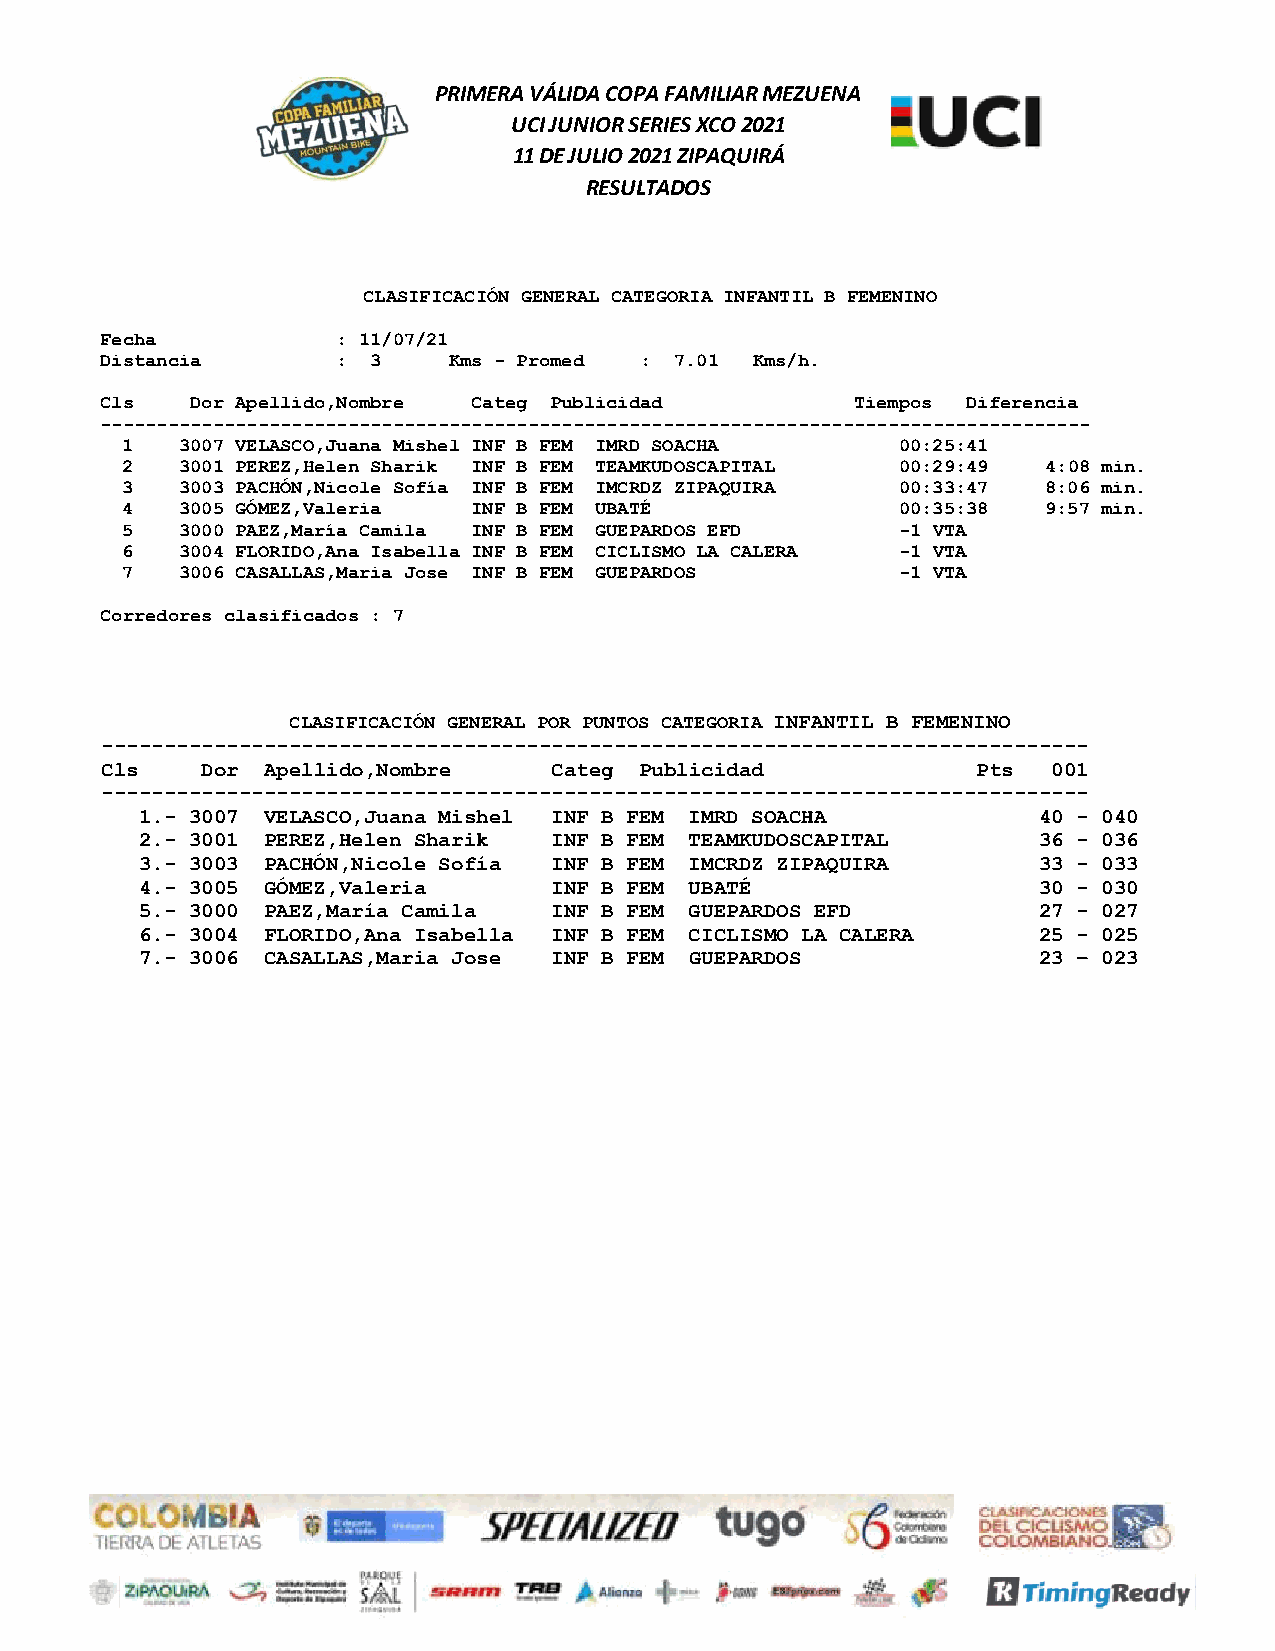
CLASIFICACIÓN GENERAL CATEGORIA INFANTIL B FEMENINO
 Fecha          : 11/07/21
 Distancia      : 3     Kms - Promed : 7.01 Kms/h.
 Cls   Dor Apellido,Nombre Categ Publicidad        Tiempos Diferencia
 ----------------------------------------------------------------------------------------
 1   3007 VELASCO,Juana Mishel INF B FEM IMRD SOACHA 00:25:41
 2   3001 PEREZ,Helen Sharik INF B FEM TEAMKUDOSCAPITAL 00:29:49 4:08 min.
 3   3003 PACHÓN,Nicole Sofía INF B FEM IMCRDZ ZIPAQUIRA 00:33:47 8:06 min.
 4   3005 GÓMEZ,Valeria INF B FEM UBATÉ              00:35:38 9:57 min.
 5   3000 PAEZ,María Camila INF B FEM GUEPARDOS EFD  -1 VTA
 6   3004 FLORIDO,Ana Isabella INF B FEM CICLISMO LA CALERA -1 VTA
 7   3006 CASALLAS,Maria Jose INF B FEM GUEPARDOS    -1 VTA
 Corredores clasificados : 7
 CLASIFICACIÓN GENERAL POR PUNTOS CATEGORIA INFANTIL B FEMENINO
 -------------------------------------------------------------------------------
 Cls   Dor Apellido,Nombre    Categ Publicidad             Pts  001
 -------------------------------------------------------------------------------
 1.- 3007 VELASCO,Juana Mishel INF B FEM IMRD SOACHA         40 - 040
 2.- 3001 PEREZ,Helen Sharik INF B FEM TEAMKUDOSCAPITAL      36 - 036
 3.- 3003 PACHÓN,Nicole Sofía INF B FEM IMCRDZ ZIPAQUIRA     33 - 033
 4.- 3005 GÓMEZ,Valeria     INF B FEM UBATÉ                  30 - 030
 5.- 3000 PAEZ,María Camila INF B FEM GUEPARDOS EFD          27 - 027
 6.- 3004 FLORIDO,Ana Isabella INF B FEM CICLISMO LA CALERA  25 - 025
 7.- 3006 CASALLAS,Maria Jose INF B FEM GUEPARDOS            23 – 023
 P R IM E R A
 U
 1
 V
 C
 1
 Á L ID
 I J U N
 D E J U
 A C O P A
 IO R S E R
 L IO 2 0 2
 R E S U L T
 F A M IL IA R
 IE S X C O 2
 1 Z IP A Q U
 A D O S
 M
 0 2
 IR
 1
 Á
 E Z U E N A